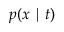
p ( x \mid t )